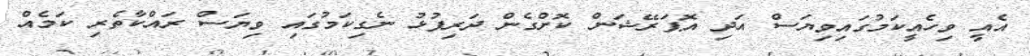
އެއީ ވިހެއީކަމުގައިވިޔަސް އަދި އޮޕަރޭޝަން ކޮށްގެން ދަރިފުޅު ނެގިކަމުގައި ވިޔަސް ރައްކާތެރި ކަމެއް